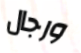
ورجال